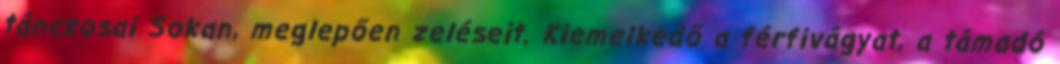
tánczosai Sokan, meglepően zeléseit. Kiemelkedő a férfivágyat, a támadó